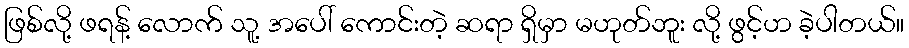
ဖြစ်လို့ ဖရန့် လောက် သူ့ အပေါ် ကောင်းတဲ့ ဆရာ ရှိမှာ မဟုတ်ဘူး လို့ ဖွင့်ဟ ခဲ့ပါတယ်။